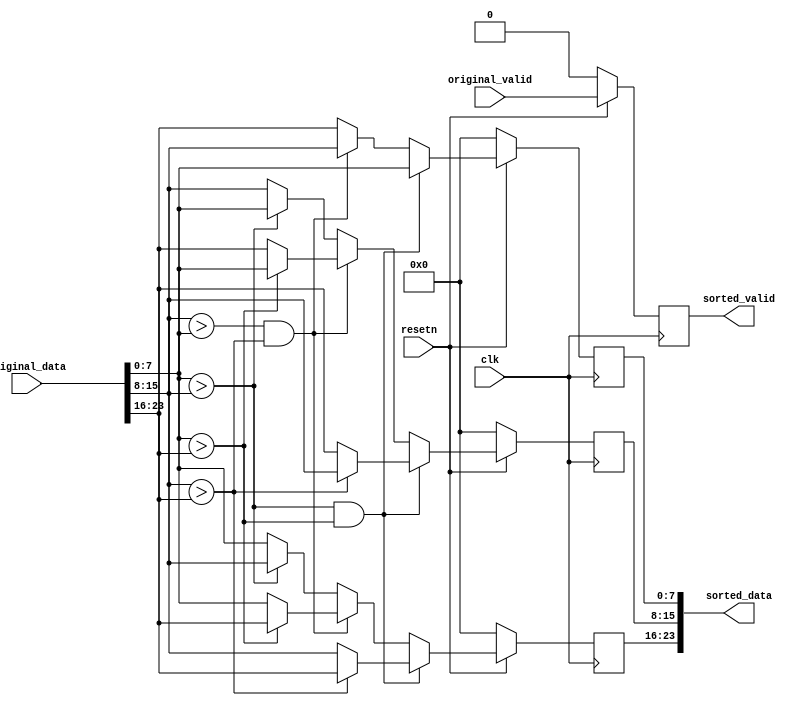
module sort_3 #(
    parameter integer DATA_WIDTH = 8  //

) (
    input clk,
    input resetn,

    input [3*DATA_WIDTH-1:0] original_data,
    input                    original_valid,

    output     [3*DATA_WIDTH-1:0] sorted_data,
    output reg                    sorted_valid
);


  wire [DATA_WIDTH-1:0] a, b, c;
  reg [DATA_WIDTH-1:0] min, med, max;

  assign a = original_data[DATA_WIDTH*0 +: DATA_WIDTH];
  assign b = original_data[DATA_WIDTH*1 +: DATA_WIDTH];
  assign c = original_data[DATA_WIDTH*2 +: DATA_WIDTH];

  always @(posedge clk) begin
    if (~resetn) begin
      min <= 0;
      med <= 0;
      max <= 0;
    end else begin
      if (a > b && a > c) begin
        max <= a;
        if (b > c) begin
          med <= b;
          min <= c;
        end else begin
          med <= c;
          min <= b;
        end
      end else if (b > a && b > c) begin
        max <= b;
        if (a > c) begin
          med <= a;
          min <= c;
        end else begin
          med <= c;
          min <= a;
        end
      end else begin
        max <= c;
        if (a > b) begin
          med <= a;
          min <= b;
        end else begin
          med <= b;
          min <= a;
        end
      end
    end
  end

  assign sorted_data = {min, med, max};
  always @(posedge clk) begin
    if (~resetn) begin
      sorted_valid <= 0;
    end else begin
      sorted_valid <= original_valid;
    end
  end
endmodule